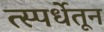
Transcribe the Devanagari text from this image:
त्स्पर्धेतून